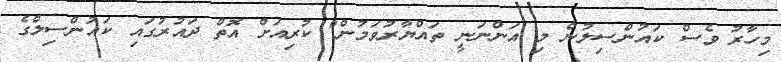
މިހާރު ވެސް ކައުންސިލުން މި އަންނަނީ ތައްޔާރުވަމުން" ކުރިއަށް އޮތް ދައުރުގައި ކައުންސިލްގެ